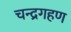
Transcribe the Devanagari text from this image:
चन्द्रगहण